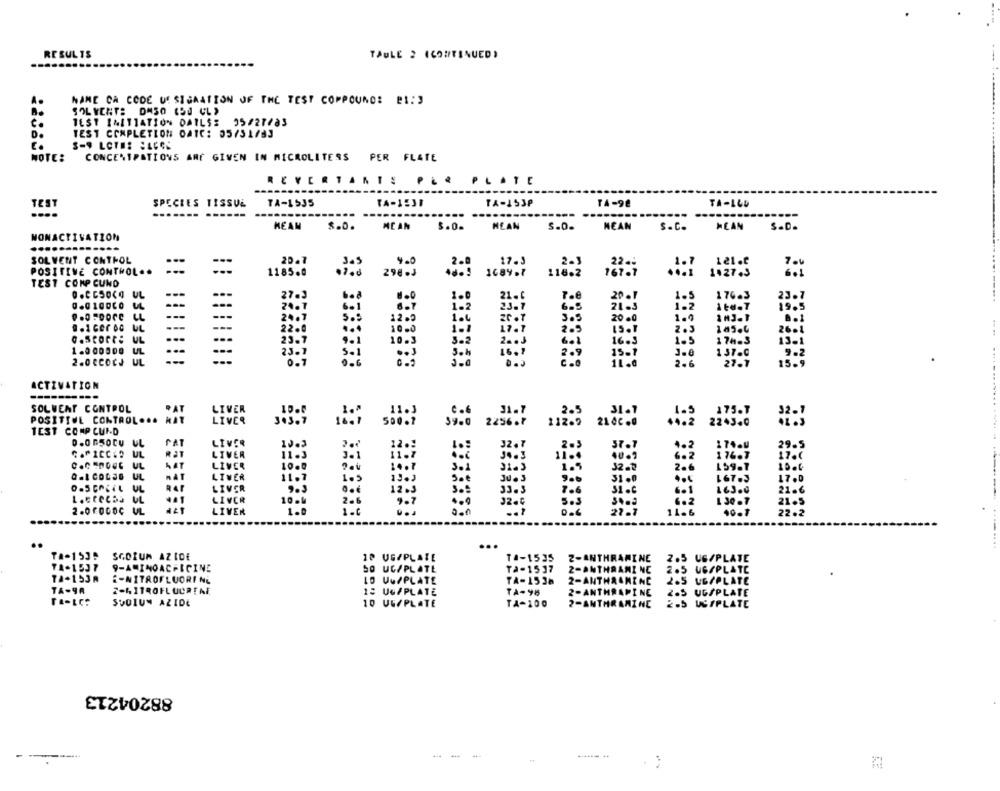
RESULTS
TAULE 2 (CONTINUED)
NAME CA CODE U SIGAATION OF THE TEST COMPOUND: BI: 3
SOL VENT: DMSO (50 CL)
TEST INITIATION DAILS: 35/27/83
TEST COMPLETION OATC: 05751/83
3-9 LOTE: : 46CS
NOTE:
CONCENTRATIONS ANY GIVEN IN MICROLITERS PER FLATE
REVERTANTS
PER PLATE
TEST
SPECIES TISSUL
TA-1535
TA-1531
TA-153P
TA-98
TA-LLE
-------
MEAN
$.0.
MCAN
HEAN
S-0.
NEAN
s.C.
MEAN
NONACTIVATION
..........
SOLVENT CONTROL
---
20.7
3.5
9.0
2.0
17.3
2-3
121.e
22.
POSITIVE CONTROL ..
1185.0
298 .J
1684.7
116.2
167.7
1.27.3
TEST COMP CUND
.. CCSOCO UL
..
27.J
1.0
21.6
176.3
24.7
6-1
1-2
23.7
6.5
21.3
1.2
àte-7
---
---
24.7
12.5
1.4
3.5
2000
---
1.0
UL
---
22.0
10.0
1-1
2-5
15.1
2.3
145.4
.. scorte
UL
23.7
9.1
10.3
3-2
2 .. J
6.1
16.3
1.5
1.000.00
UL
--
25.1
5.1
Soh
16.1
2.9
15-7
1 57.6
2.0 CCOcJ UL
...
0.7
0-6
c.0
2.6
ACTIVATION
SOLVENT CONTROL
AT
LIVER
10.
31.7
31.7
POSITIVE CONTROL ... HAT
LIVER
303.7
175.1
500.7
39.8
2256.7
112.9
210C.
2243.0
TEST COMP CUI-D
PAT
LIVER
13.3
.2.3
R2T
LIVER
11.3
34.3
1 76.7
UL
HAT
LIVER
10.0
32.5
UL
NAT
LIVER
159.
11.7
Soe
Jues
31.0
167.3
7.0
RAF
LIVER
Letecha UL
LIVER
33.3
7.6
16300
10.
ise .
21 .
2.0FOGOC UL
LIVER
0.6
27.
11.6
22.3
......
...
TA-153: SGORUM AZIDE
12 UG/PLATE
T4-1535
2-ANTHRAMINE
2.5 UG/PLATE
TA-1537
9-AMINOACFICINE
SO UC/PLATE
Ta-1537
2-ANTHRAMI NE
2.5 UG/PLATE
TA-153A
2-NITROFLUORINE
LO UG/PLATE
TA-1538
2-ANTHA.MENC
265 UG/PLATE
TA-9A
15 UGFPLATE
TA-98
2-ANTHRAPINE
2.5 UG/PLATE
SODIUM AZIDE
10 UGAPLATE
TA-100
2-ANTHRAMINE
2.5 USTPLATE
88204213
--